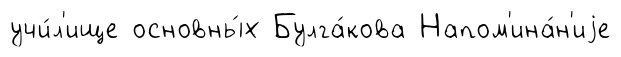
учи́л'ище основны́х Булга́кова Напом'ина́н'иjе